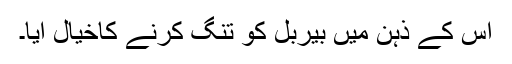
اس کے ذہن میں بیربل کو تنگ کرنے کاخیال آیا۔